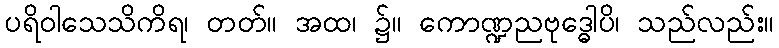
ပရိဝါသေသိကိရ၊ တတ်။ အထ၊ ၌။ ကောဏ္ဍညဗုဒ္ဓေါပိ၊ သည်လည်း။